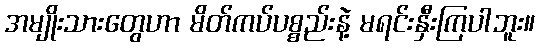
အမျိုးသားတွေဟာ မိတ်ကပ်ပစ္စည်းနဲ့ မရင်းနှီးကြပါဘူး။